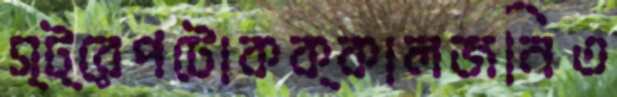
স্ট্রেপটোকক্কালজনিত